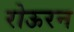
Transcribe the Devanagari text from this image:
रोऊरन